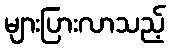
များပြားလာသည့်